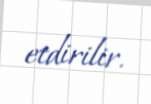
etdirilir.